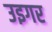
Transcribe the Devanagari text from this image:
उइगर